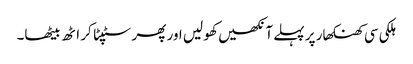
ہلکی سی کھنکھار پر پہلے آنکھیں کھو لیں اور پھر سٹپٹا کر اٹھ بیٹھا۔